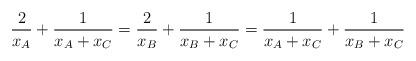
LaTeX: \begin{align*} \frac{2}{x_A}+\frac{1}{x_A+x_C}= \frac{2}{x_B}+\frac{1}{x_B+x_C}= \frac{1}{x_A+x_C}+\frac{1}{x_B+x_C}\end{align*}